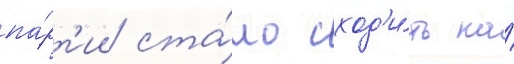
па́рт'ии ста́ло сход'и́ть на́